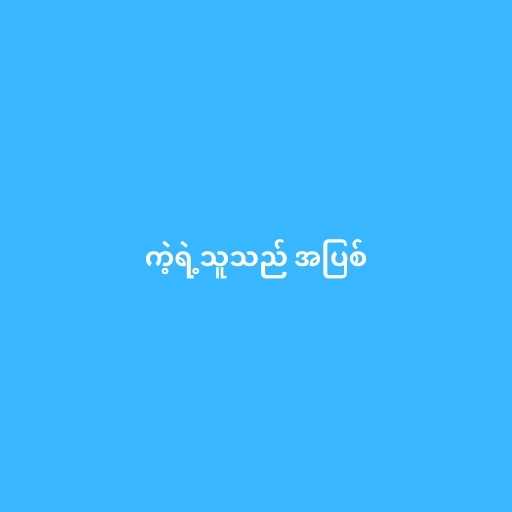
ကဲ့ရဲ့သူသည် အပြစ်